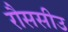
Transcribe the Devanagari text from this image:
रौससीउ